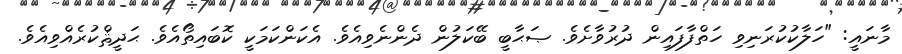
މާނައީ: "ހަލާކުކުރަނިވި ހަތްފާފައިން ދުރުވާށެވެ. ޞަޙާބީ ބޭކަލުން ދެންނެވިއެވެ. އެކަންކަމަކީ ކޮބައިތޯއެވެ. ޙަދީޘްކުރެއްވިއެވެ.